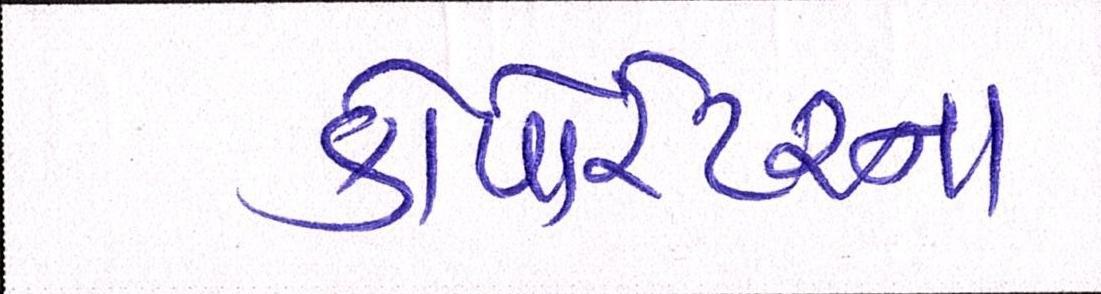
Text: કોર્પેારેટરના